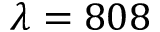
\lambda = 8 0 8